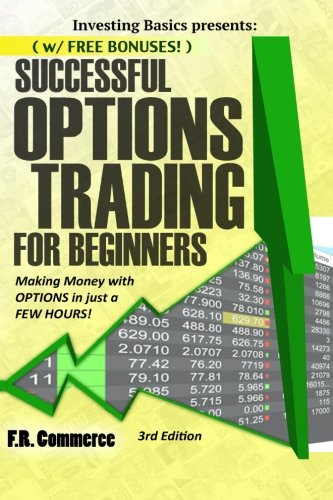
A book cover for Options Trading Successfully for Beginners: (w/ FREE BONUSES) Making Money with Options in just a FEW HOURS! (Investing Basics, Investing, Stocks, ... Options Strategies, Options Made Easy); FR Commerce; Business & Money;